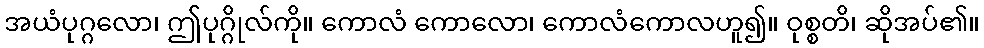
အယံပုဂ္ဂလော၊ ဤပုဂ္ဂိုလ်ကို။ ကောလံ ကောလော၊ ကောလံကောလဟူ၍။ ဝုစ္စတိ၊ ဆိုအပ်၏။